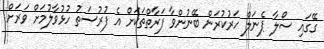
ގޭގައި ސޯލާ ޕެނަލް ހަރުކުރަން ބޭނުންވާ ފަރާތްތަކަށް އެ ފުރުސަތު ހުޅުވާލުމަށް ވަރަށް